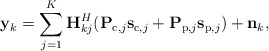
\begin{align*}\mathbf{y}_k=\sum_{j=1}^K\mathbf{H}_{kj}^H(\mathbf{{P}}_{\mathrm{c},j}\mathbf{s}_{\mathrm{c},j}+\mathbf{P}_{\mathrm{p},j}\mathbf{s}_{\mathrm{p},j})+\mathbf{n}_k,\end{align*}